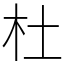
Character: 杜